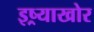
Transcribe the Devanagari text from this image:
इष्र्याखोर